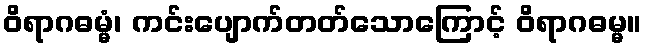
ဝိရာဂဓမ္မံ၊ ကင်းပျောက်တတ်သောကြောင့် ဝိရာဂဓမ္မ။